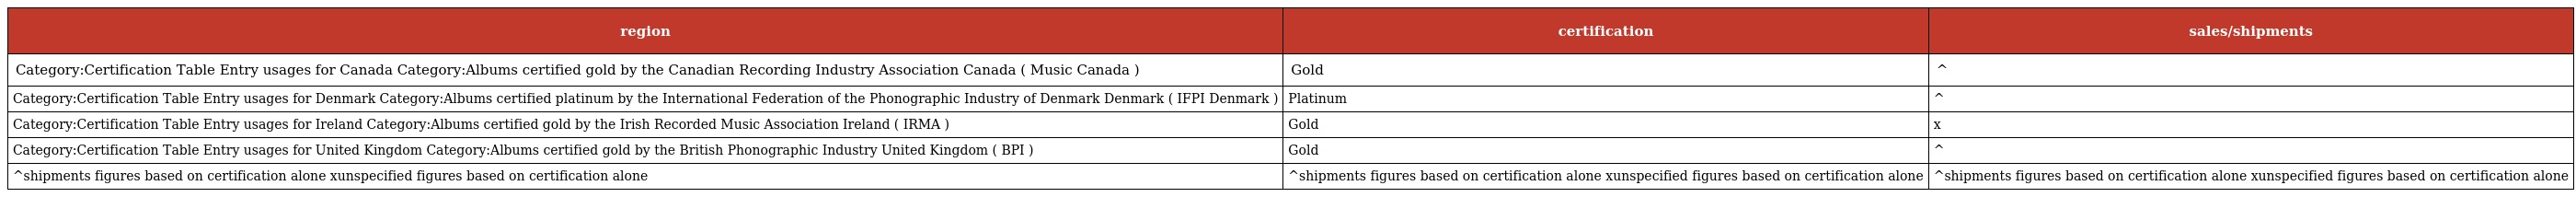
| region | certification | sales/shipments |
 | --- | --- | --- |
 | Category:Certification Table Entry usages for Canada Category:Albums certified gold by the Canadian Recording Industry Association Canada ( Music Canada ) | Gold | ^ |
 | Category:Certification Table Entry usages for Denmark Category:Albums certified platinum by the International Federation of the Phonographic Industry of Denmark Denmark ( IFPI Denmark ) | Platinum | ^ |
 | Category:Certification Table Entry usages for Ireland Category:Albums certified gold by the Irish Recorded Music Association Ireland ( IRMA ) | Gold | x |
 | Category:Certification Table Entry usages for United Kingdom Category:Albums certified gold by the British Phonographic Industry United Kingdom ( BPI ) | Gold | ^ |
 | ^shipments figures based on certification alone xunspecified figures based on certification alone | ^shipments figures based on certification alone xunspecified figures based on certification alone | ^shipments figures based on certification alone xunspecified figures based on certification alone |